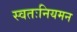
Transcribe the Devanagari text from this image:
स्वतःनियमन